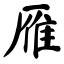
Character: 雁